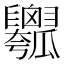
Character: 𤬣